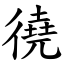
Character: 徺